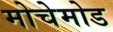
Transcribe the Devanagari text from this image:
मोचेमोड